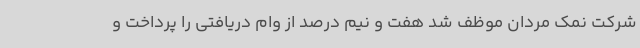
شرکت نمک مردان موظف شد هفت و نیم درصد از وام دریافتی را پرداخت و